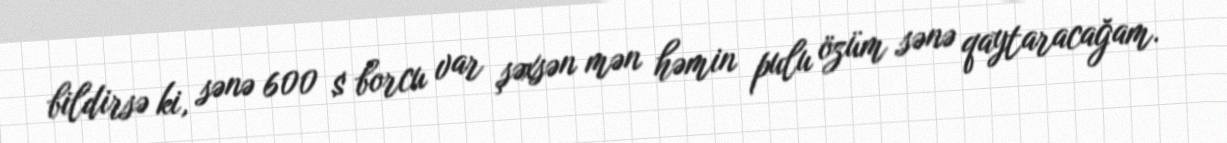
bildirsə ki, sənə 600 $ borcu var şəxsən mən həmin pulu özüm sənə qaytaracağam.